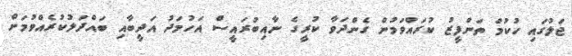
ޖަލުގައި ހުކުމް ތަންފީޒު ކުރައްވަމުން ގެންދަވާ ކުރީގެ ނާއިބުރައީސް އަހުމަދު އަދީބާއި ބައްދަލުކުރެއްވުމަށް